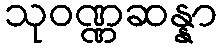
သုဝဏ္ဏဆန္နာ